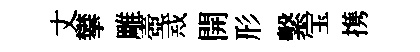
丈攀雕壺𢦶開形繫宝携